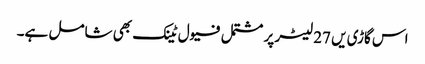
اس گاڑی یں 27 لیٹر پر مشتمل فیول ٹینک بھی شامل ہے۔